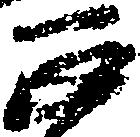
正